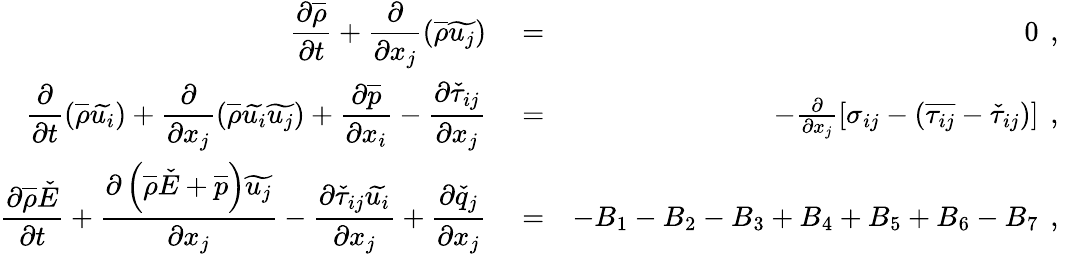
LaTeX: \begin{array}{rlr}{\displaystyle\frac{\partial\overline{{\rho}}}{\partial t}+\frac{\partial}{\partial x_{j}}\left(\overline{{\rho}}\widetilde{u_{j}}\right)}&{{}=}&{0\, \mathrm{~,~}}\\ {\displaystyle\frac{\partial}{\partial t}\left(\overline{{\rho}}\widetilde{u_{i}}\right)+\frac{\partial}{\partial x_{j}}\left(\overline{{\rho}}\widetilde{u_{i}}\widetilde{u_{j}}\right)+\frac{\partial\overline{{p}}}{\partial x_{i}}-\frac{\partial\check{\tau}_{ij}}{\partial x_{j}}}&{{}=}&{-\frac{\partial}{\partial x_{j}}\left[\sigma_{ij}-\left(\overline{{\tau_{ij}}}-\check{\tau}_{ij}\right)\right]\, \mathrm{~,~}}\\ {\displaystyle\frac{\partial\overline{{\rho}}\check{E}}{\partial t}+\frac{\partial\left(\overline{{\rho}}\check{E}+\overline{{p}}\right)\widetilde{u_{j}}}{\partial x_{j}}-\frac{\partial\check{\tau}_{ij}\widetilde{u_{i}}}{\partial x_{j}}+\frac{\partial\check{q}_{j}}{\partial x_{j}}}&{{}=}&{-B_{1}-B_{2}-B_{3}+B_{4}+B_{5}+B_{6}-B_{7}\, \mathrm{~,~}}\end{array}